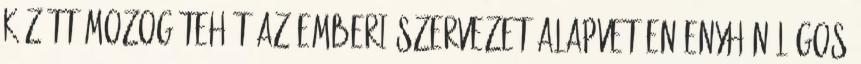
között mozog Tehát az emberi szervezet alapvetően enyhén lúgos